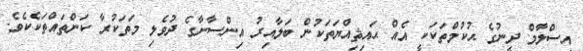
އިސްލާމް ދީނުގެ ޙުކުމްތަކަކީ އެއް ޙައިޘިއްޔަތަކުން ބަލާއިރު އިންސާނާގެ ދުވެލި މަތަކުރާ ކަންތައްތަކެކެވެ.